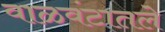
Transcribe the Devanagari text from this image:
वाळवंटातले